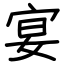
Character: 宴